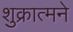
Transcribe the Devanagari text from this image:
शुक्रात्मने